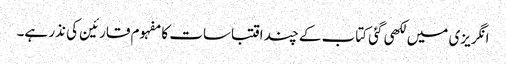
انگریزی میں لکھی گئی کتاب کے چند اقتباسات کا مفہوم قارئین کی نذر ہے۔